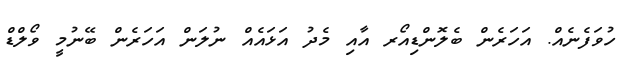
ހުވަފެނެއް. އަހަރެން ބެލޮންޑިއޯރ އާއި މެދު އަޅައެއް ނުލަން އަހަރެން ބޭނުމީ ވޯލްޑް